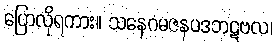
ပြောလိုရကား။ သနေဂမဇနပဒဘဋဗလ၊